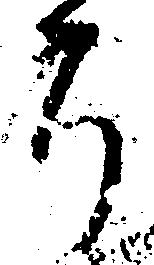
ち